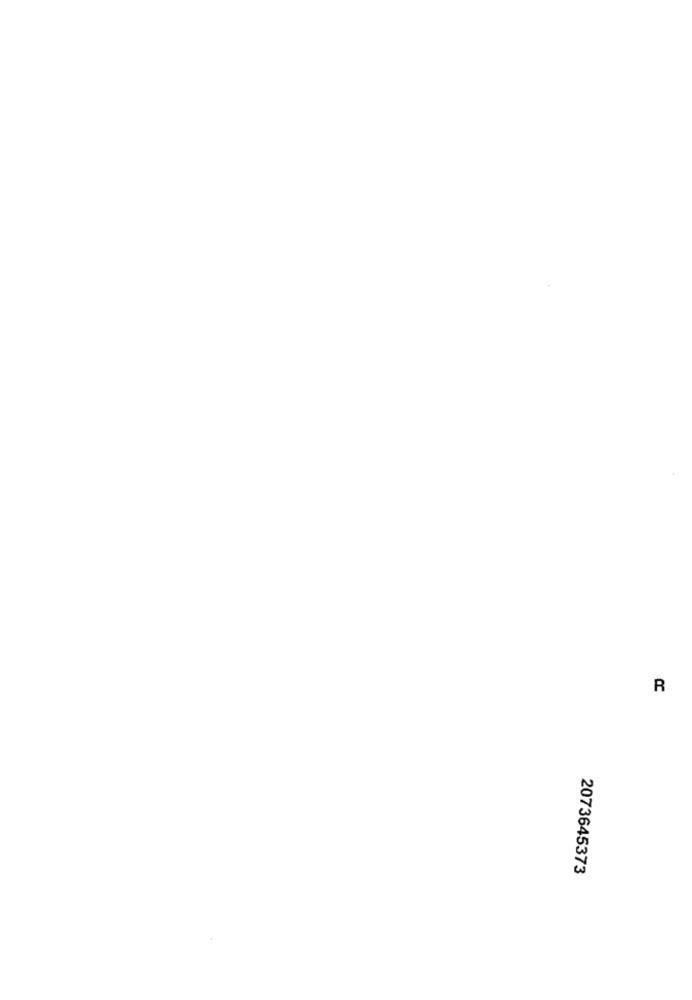
R
2073645373